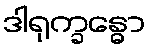
ဒါရုက္ခန္ဓော